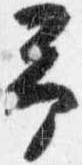
予